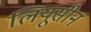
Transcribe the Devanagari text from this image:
लियूसीन